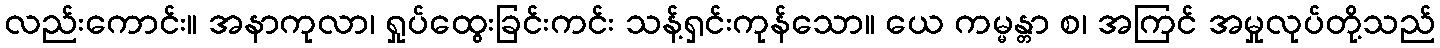
လည်းကောင်း။ အနာကုလာ၊ ရှုပ်ထွေးခြင်းကင်း သန့်ရှင်းကုန်သော။ ယေ ကမ္မန္တာ စ၊ အကြင် အမှုလုပ်တို့သည်